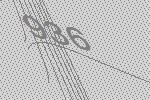
936